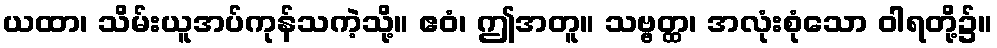
ယထာ၊ သိမ်းယူအပ်ကုန်သကဲ့သို့။ ဧဝံ၊ ဤအတူ။ သဗ္ဗတ္ထ၊ အလုံးစုံသော ဝါရတို့၌။